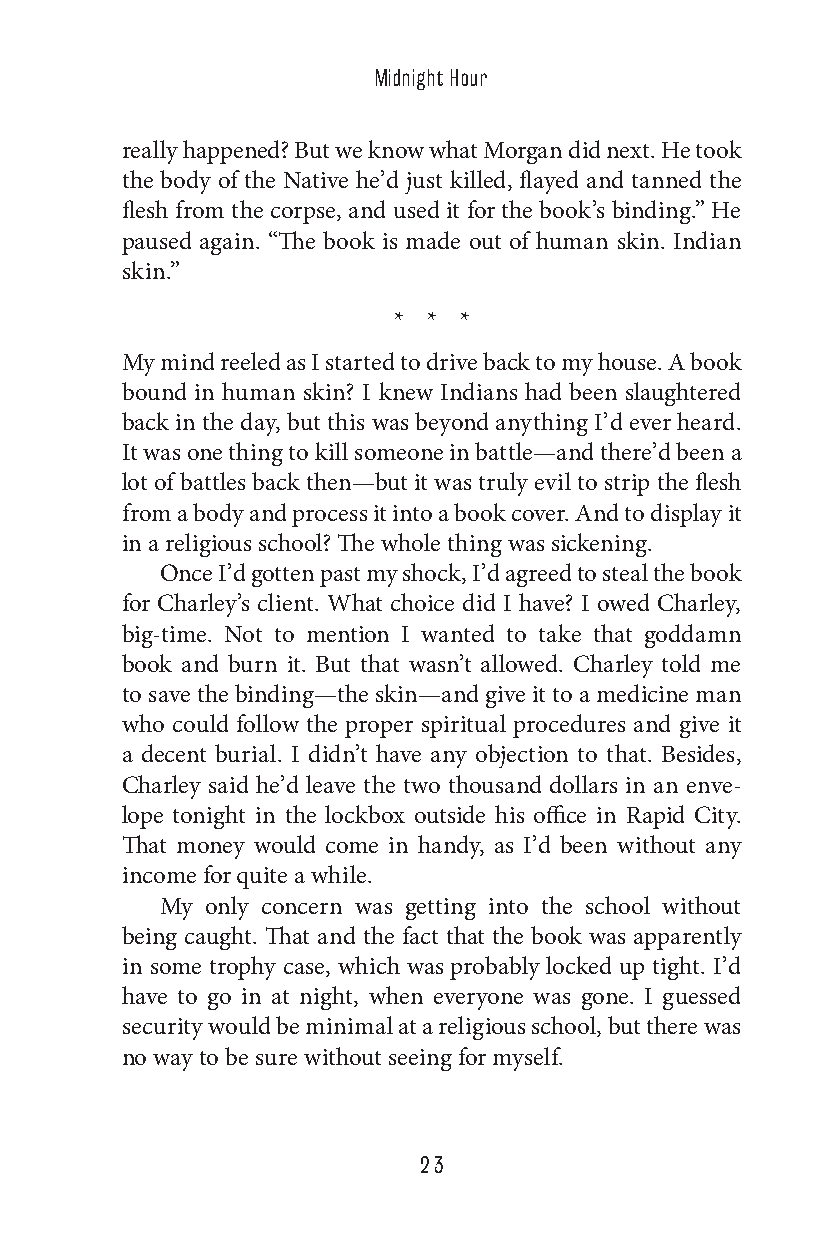
Midnight Hour
 really happened? But we know what Morgan did next. He took
 the body of the Native he’d just killed, flayed and tanned the
 flesh from the corpse, and used it for the book’s binding.” He
 paused again. “The book is made out of human skin. Indian
 skin.”
 * * *
 My mind reeled as I started to drive back to my house. A book
 bound in human skin? I knew Indians had been slaughtered
 back in the day, but this was beyond anything I’d ever heard.
 It was one thing to kill someone in battle—and there’d been a
 lot of battles back then—but it was truly evil to strip the flesh
 from a body and process it into a book cover. And to display it
 in a religious school? The whole thing was sickening.
 Once I’d gotten past my shock, I’d agreed to steal the book
 for Charley’s client. What choice did I have? I owed Charley,
 big-time. Not to mention I wanted to take that goddamn
 book and burn it. But that wasn’t allowed. Charley told me
 to save the binding—the skin—and give it to a medicine man
 who could follow the proper spiritual procedures and give it
 a decent burial. I didn’t have any objection to that. Besides,
 Charley said he’d leave the two thousand dollars in an enve-
 lope tonight in the lockbox outside his office in Rapid City.
 That money would come in handy, as I’d been without any
 income for quite a while.
 My only concern was getting into the school without
 being caught. That and the fact that the book was apparently
 in some trophy case, which was probably locked up tight. I’d
 have to go in at night, when everyone was gone. I guessed
 security would be minimal at a religious school, but there was
 no way to be sure without seeing for myself.
 23